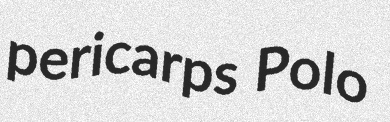
pericarps Polo